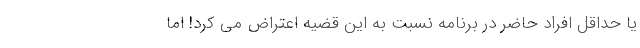
یا حداقل افراد حاضر در برنامه نسبت به این قضیه اعتراض می کرد! اما